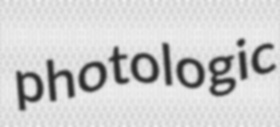
photologic